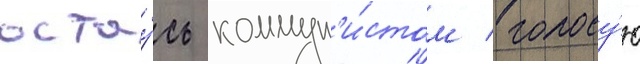
остау́сь коммун'и́стом / голосу́ю